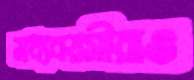
মধ্যবয়সীরাও